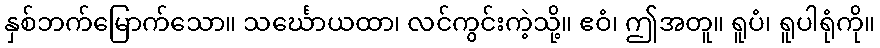
နှစ်ဘက်မြောက်သော။ သင်္ဃောယထာ၊ လင်ကွင်းကဲ့သို့။ ဧဝံ၊ ဤအတူ။ ရူပံ၊ ရူပါရုံကို။